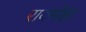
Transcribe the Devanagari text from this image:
रायमोहा